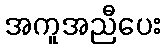
အကူအညီပေး